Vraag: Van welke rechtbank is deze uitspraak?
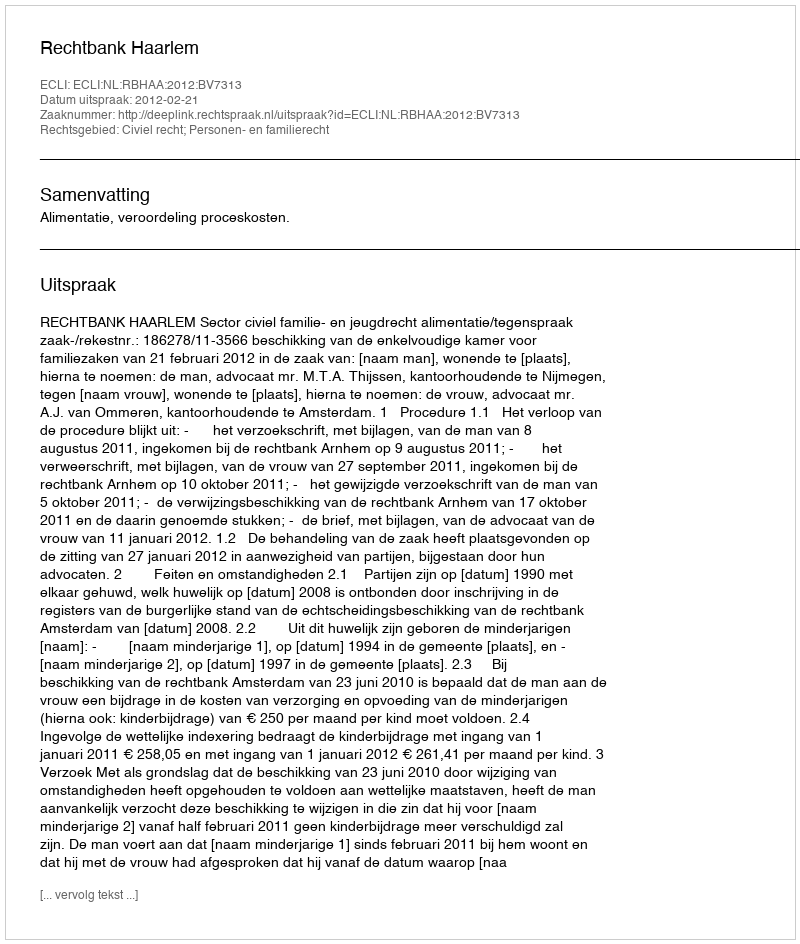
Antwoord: Rechtbank Haarlem